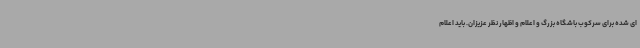
ای شده برای سرکوب باشگاه بزرگ و اعلام و اظهار نظر عزیزان. باید اعلام